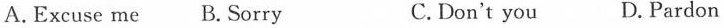
A.Excuse me B. Sorry C.Don't you D.Pardon